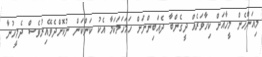
މިއަންހެން މީހާއަށް ކިހާވަރެއް ދީގެންބާ ދެއަބިންނަށް ހަމަހަމަކަމާ އެކު ކަންކަން ނުކޮށްދެވޭއިރުވެސް ދެމީހުނާ